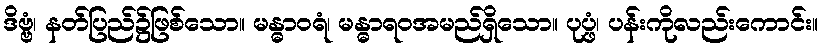
ဒိဗ္ဗံ၊ နတ်ပြည်၌ဖြစ်သော။ မန္ဓာဝရံ၊ မန္ဓာရဝအမည်ရှိသော။ ပုပ္ဖံ၊ ပန်းကိုလည်းကောင်း။